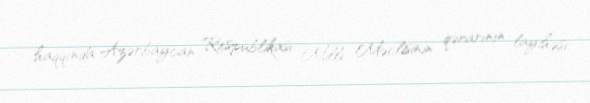
haqqında Azərbaycan Respublikası Milli Məclisinin qərarının layihəsi.